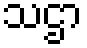
သဌာ